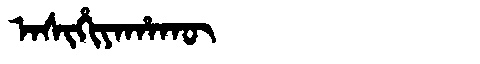
Manchu: ᠠᠰᡳᡥᡳᠶᠠᡥᠠᡴᡡ
Romanization: ASIHIYAHAKŪ